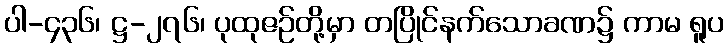
ပါ-၄၃၆၊ ဋ္ဌ-၂၇၆၊ ပုထုဇဉ်တို့မှာ တပြိုင်နက်သောခဏ၌ ကာမ ရူပ